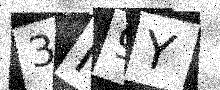
Text: 3I9Y